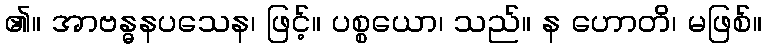
၏။ အာဗန္ဓနပသေန၊ ဖြင့်။ ပစ္စယော၊ သည်။ န ဟောတိ၊ မဖြစ်။